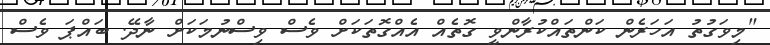
"މިވަގުތު އަހަރެން ކަންތައްކުރާންވީ ގޮތެއް އެއްގޮތަކަށް ވެސް ވިސްނުމަކަށް ނާދޭ. ބައްޕަ ވެސް